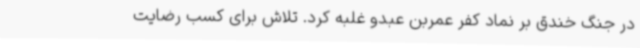
در جنگ خندق بر نماد کفر عمربن عبدو غلبه کرد. تلاش برای کسب رضایت